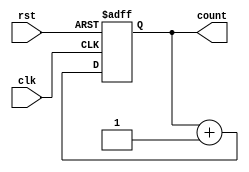
module nali_counter (clk,rst,count);

input clk,rst;
output reg[3:0] count;

always @ (posedge clk , posedge rst ) begin
	if (rst)
		count <= 0;
	else
		count <= count+1;
	end
endmodule